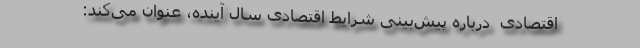
اقتصادی ‌ درباره پیش‌بینی شرایط اقتصادی سال آینده، عنوان می‌كند: